Annual vaccination report of Bihar and Orissa - 1911-1928
Year: 1911
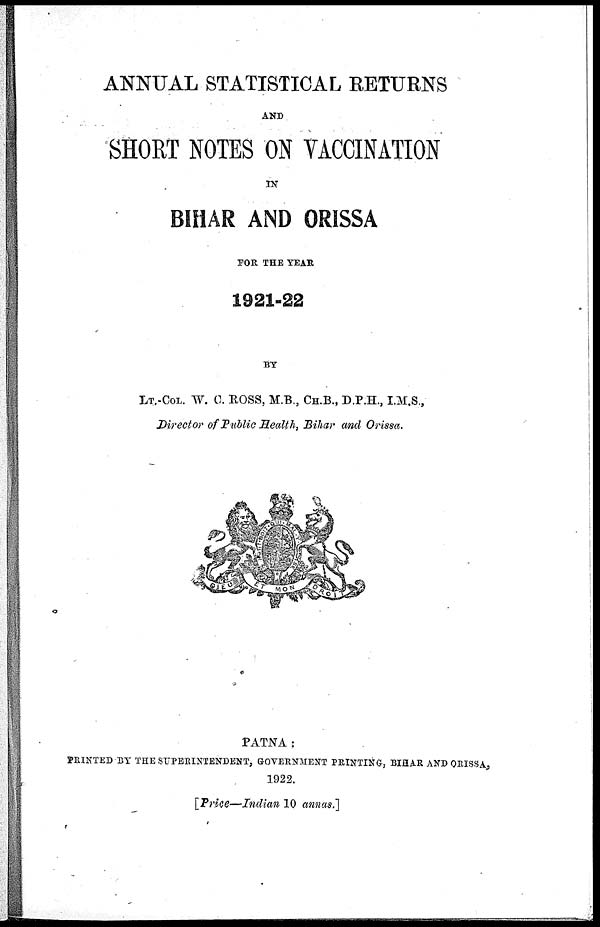
ANNUAL STATISTICAL RETURNS
AND
SHORT NOTES ON VACCINATION
IN
BIHAR AND ORISSA
FOR THE YEAR
1921-22
BY
LT,-COL. W. C. ROSS, M.B., CH.B., D.P.H., I.M.S.,
Director of Public Health, Bihar and Orissa.
PATNA :
PRINTED BY THE SUPERINTENDENT, GOVERNMENT PRINTING, BIHAR AND ORISSA,
1922.
[Price—Indian 10 annas.]